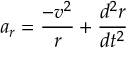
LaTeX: a _ { r } = { \frac { - v ^ { 2 } } { r } } + { \frac { d ^ { 2 } r } { d t ^ { 2 } } }